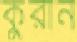
কুরান